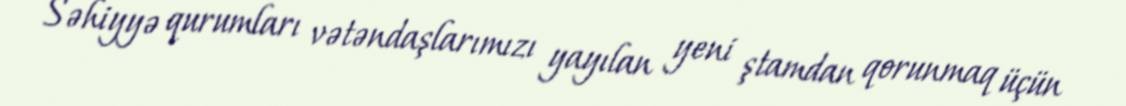
Səhiyyə qurumları vətəndaşlarımızı yayılan yeni ştamdan qorunmaq üçün